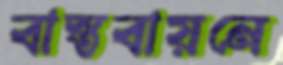
বাস্তবায়নে